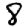
Digit: 8